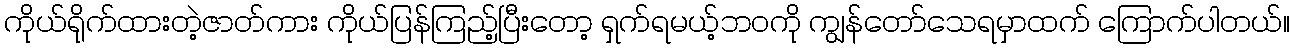
ကိုယ်ရိုက်ထားတဲ့ဇာတ်ကား ကိုယ်ပြန်ကြည့်ပြီးတော့ ရှက်ရမယ့်ဘဝကို ကျွန်တော်သေရမှာထက် ကြောက်ပါတယ်။